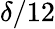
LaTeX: \delta/12